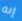
إنه